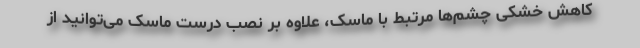
کاهش خشکی چشم‌ها مرتبط با ماسک، علاوه بر نصب درست ماسک می‌توانید از